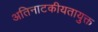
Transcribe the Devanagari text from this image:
अतिनाटकीयतायुक्त